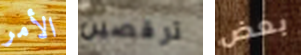
الأمر ترقصين بعض